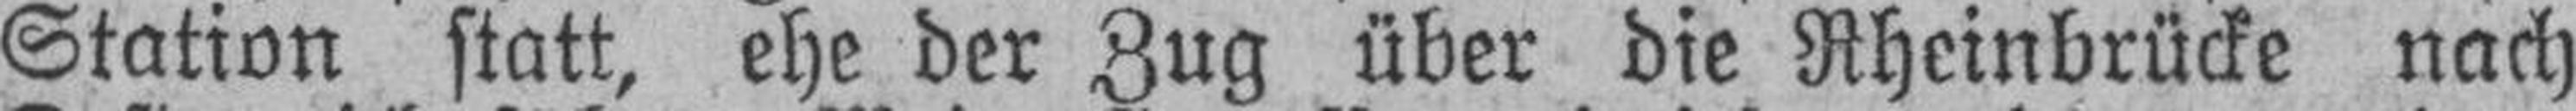
Station statt, ehe der Zug über die Rheinbrücke nach